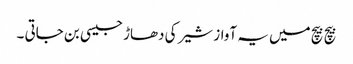
بیچ بیچ میں یہ آواز شیر کی دھاڑ جیسی بن جاتی ۔